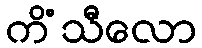
ကိံသီလော